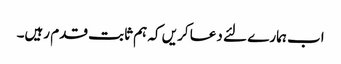
اب ہمارے لئے دعا کریں کہ ہم ثابت قدم رہیں۔